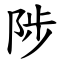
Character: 陟